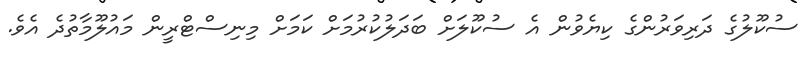
ސުކޫލުގެ ދަރިވަރުންގެ ކިޔެވުން އެ ސުކޫލަށް ބަދަލުކުރުމަށް ކަމަށް މިނިސްޓްރީން މައުލޫމާތުދެ އެވެ.